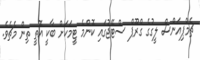
ޗެމްޕިއަންސް ލީގުގެ ގްރޫޕް ސްޓޭޖުގައި ކޮންމެ ޓީމަކަށް ބާކީ އޮތީ ތިން މެޗެވެ.